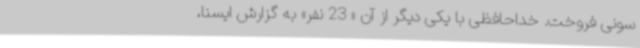
سونی فروخت. خداحافظی با یکی دیگر از آن « 23 نفر» به گزارش ایسنا،